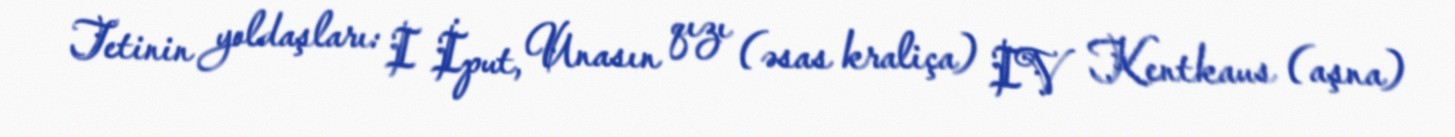
Tetinin yoldaşları: I İput, Unasın qızı (əsas kraliça) IV Kentkaus (aşna)